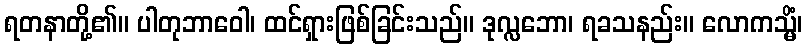
ရတနာတို့၏။ ပါတုဘာဝေါ၊ ထင်ရှားဖြစ်ခြင်းသည်။ ဒုလ္လဘော၊ ရခသနည်း။ လောကသ္မိံ၊